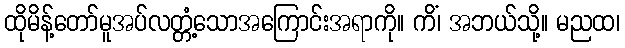
ထိုမိန့်တော်မူအပ်လတ္တံ့သောအကြောင်းအရာကို။ ကိံ၊ အဘယ်သို့။ မညထ၊